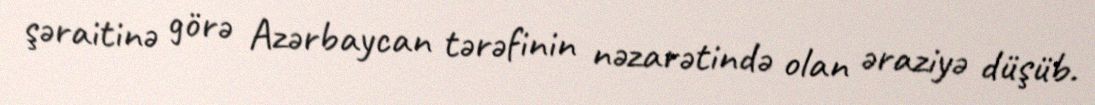
şəraitinə görə Azərbaycan tərəfinin nəzarətində olan əraziyə düşüb.